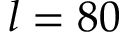
l = 8 0